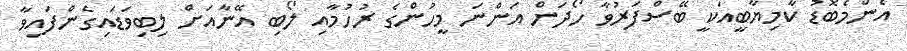
އެންމެބޮޑު ކާމިޔާބީއަކީ ބޭސްފަރުވާ ހޯދަން އަންނަ މީހުންގެ ރުހުމާއި ލޯބި އޭނާއަށް ލިބިވަޑައިގެންފައިވާ